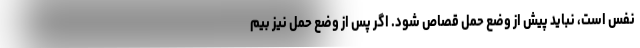
نفس است، نباید پیش از وضع حمل قصاص شود. اگر پس از وضع حمل نیز بیم